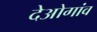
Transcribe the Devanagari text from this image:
देओगांव